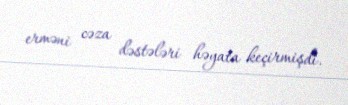
erməni cəza dəstələri həyata keçirmişdi.